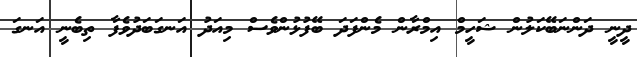
ދީނީ ދަންނަބޭކަލުން ޝަހީމް އިމްރާން މެންފަދަ ބޭފުޅުންވެސް މިއަދު އަނގަބަދުވެފާ ތިބެނީ އަނގަ